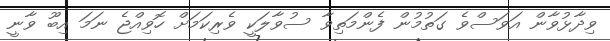
ވިދާޅުވާން އަވަސްވެ ގަތުމުން ފެންމަތިވާ ސުވާލަކީ ވެރިކަމަށް ހޮވިއްޖެ ނަމަ އިބޫ ވާނީ